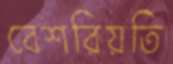
বেশরিয়তি